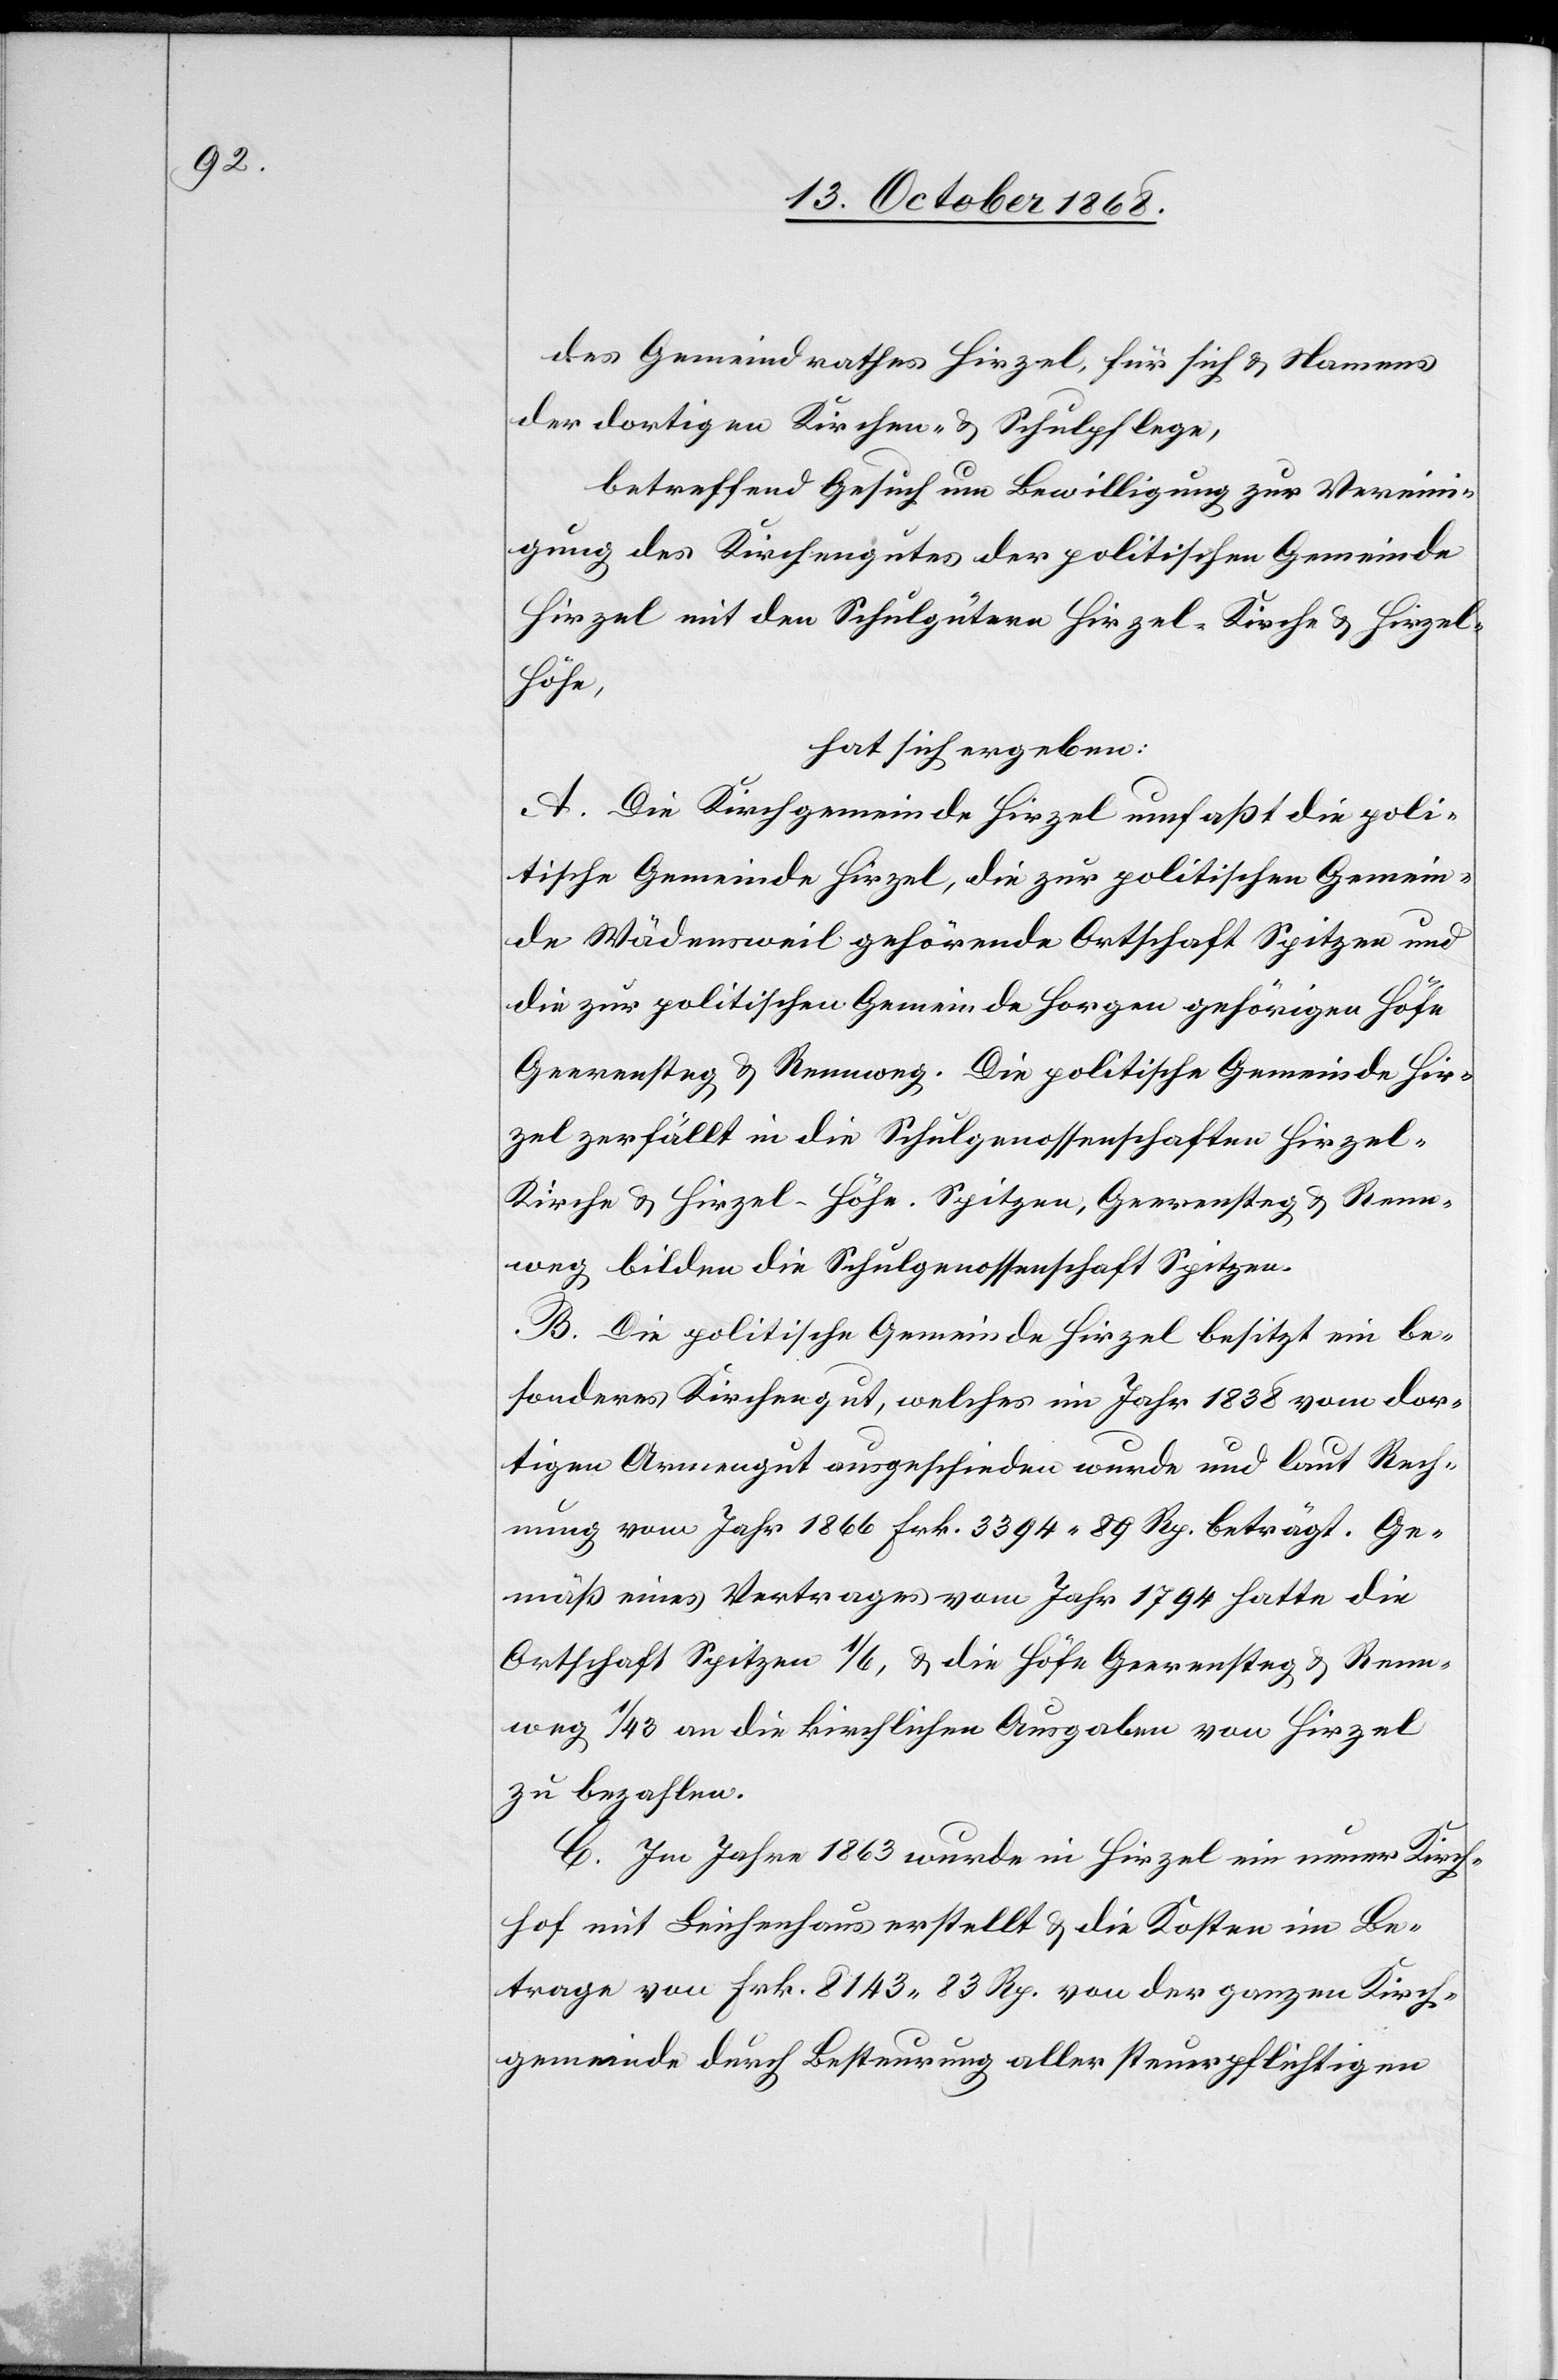
des Gemeindrathes Hirzel, für sich & Namens
der dortigen Kirchen- & Schulpflege,
betreffend Gesuch um Bewilligung zur Vereini¬
gung des Kirchengutes der politischen Gemeinde
Hirzel mit den Schulgütern Hirzel-Kirche & Hirzel-H¬
öhe,
hat sich ergeben:
A. Die Kirchgemeinde Hirzel umfaßt die poli¬
tische Gemeinde Hirzel, die zur politischen Gemein¬
de Wädensweil gehörende Ortschaft Spitzen und
die zur politischen Gemeinde Horgen gehörigen Höfe
Geerensteg & Rennweg. Die politische Gemeinde Hir¬
zel zerfällt in die Schulgenossenschaften Hirzel-K¬
irche & Hirzel-Höhe. Spitzen, Geerensteg & Renn¬
weg bilden die Schulgenossenschaft Spitzen.
B. Die politische Gemeinde Hirzel besitzt ein be¬
sonderes Kirchengut, welches im Jahr 1838 vom dor¬
tigen Armengut ausgeschieden wurde und laut Rech¬
nung vom Jahr 1866 Frk. 3394 89 Rp. beträgt. Ge¬
mäß eines Vertrages vom Jahr 1794 hatte die
Ortschaft Spitzen 1/6, & die Höfe Geerensteg & Renn¬
weg 1/43 an die kirchlichen Ausgaben von Hirzel
zu bezahlen.
C. Im Jahre 1863 wurde in Hirzel ein neuer Kirch¬
hof mit Leichenhaus erstellt & die Kosten im Be¬
trage von Frk. 8143 83 Rp. von der ganzen Kirch¬
gemeinde durch Besteurung aller steuerpflichtigen